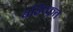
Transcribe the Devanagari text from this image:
बहिष्‍कृत